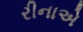
રીનાએ